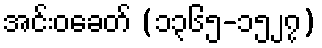
အင်းဝခေတ် (၁၃၆၅-၁၅၂၇)